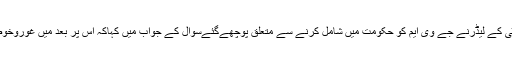
جےایم ایم پارٹی کے لیڈرنے جے وی ایم کو حکومت میں شامل کرنے سے متعلق پوچھےگئےسوال کے جواب میں کہاکہ اس پر بعد میں غوروخوض کیاجائےگا۔